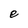
Character: e